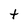
Character: t